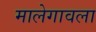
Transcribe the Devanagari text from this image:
मालेगावला